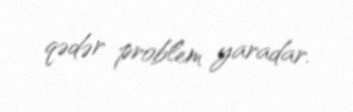
qədər problem yaradar.